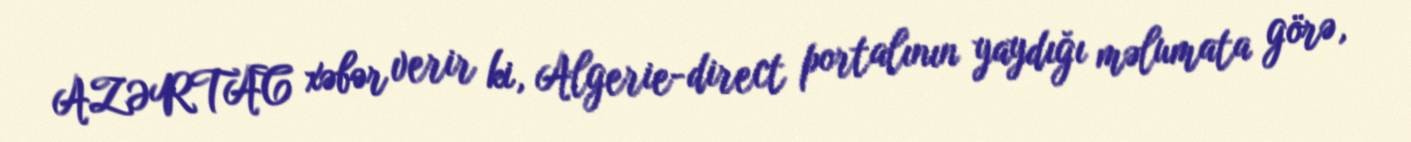
AZƏRTAC xəbər verir ki, Algerie-direct portalının yaydığı məlumata görə,